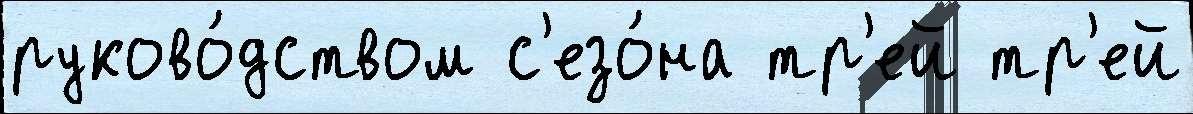
руково́дством с'езо́на тр'ей тр'ей